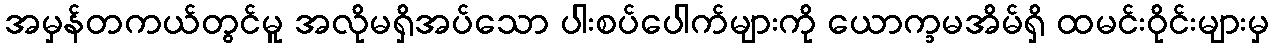
အမှန်တကယ်တွင်မူ အလိုမရှိအပ်သော ပါးစပ်ပေါက်များကို ယောက္ခမအိမ်ရှိ ထမင်းဝိုင်းများမှ